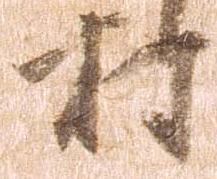
村